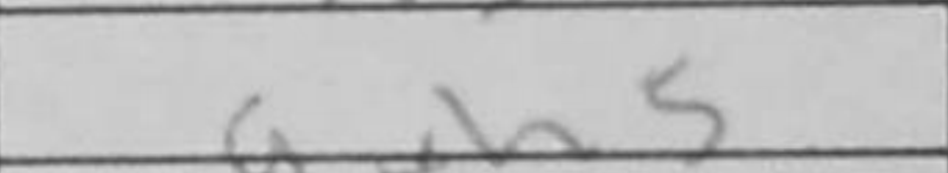
Transcription: gxh5